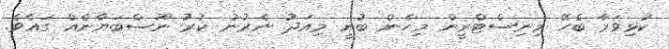
ކުޅިވަރާ ބެހޭ މިނިސްޓްރީން މިހެން ބުނީ މިއަދު ނެރުނު ކުރު ނޫސްބަޔާނެއް ގައެވެ.